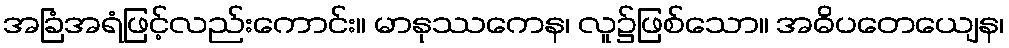
အခြံအရံဖြင့်လည်းကောင်း။ မာနုဿကေန၊ လူ၌ဖြစ်သော။ အဓိပတေယျေန၊